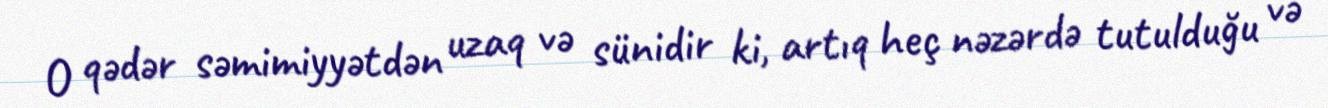
O qədər səmimiyyətdən uzaq və sünidir ki, artıq heç nəzərdə tutulduğu və